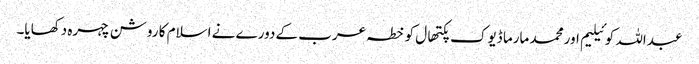
عبداللہ کوئیلیم اور محمد مارما ڈیوک پکتھال کو خطہ عرب کے دورے نے اسلام کا روشن چہرہ دکھایا۔